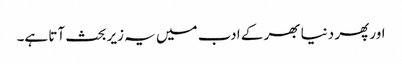
اور پھر دنیا بھر کے ادب میں یہ زیر بحث آتا ہے۔